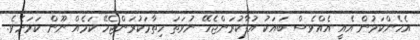
އެހެންކަމުން އެއީ އެއްވެސް ބައަކު އުފާކުރަންޖެހޭ ނުވަތަ ހިތާމަކުރަންޖެހޭ ކަމެއް ނޫން ކަމަށެވެ.